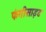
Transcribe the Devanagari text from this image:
फंगीसाइड